Lunatic asylums in Bengal annual reports 1888-1898 - 1888-1898
Year: 1888
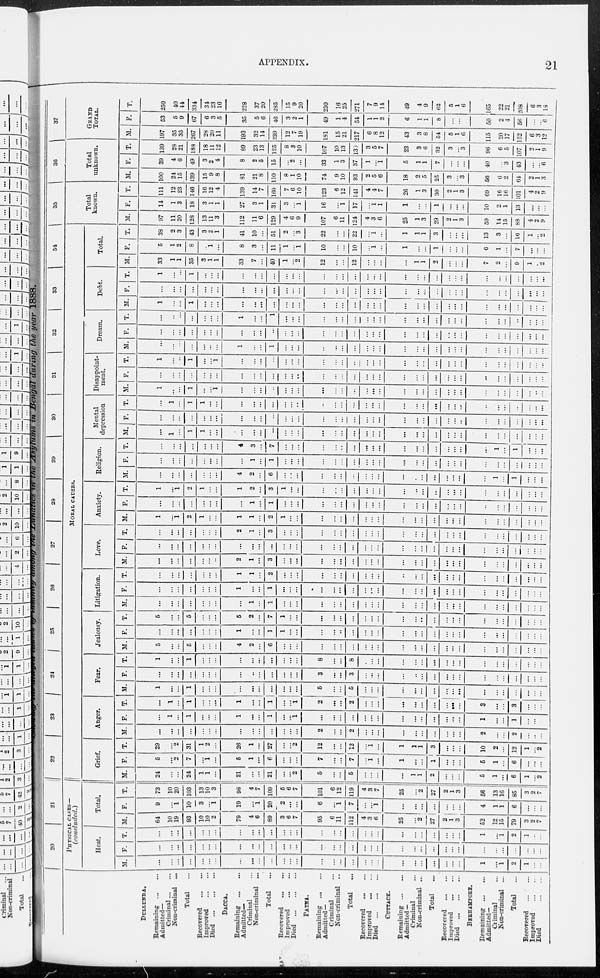
APPENDIX.
21
Showing the alleged causes of insanity among the Lunatics in the Asylums in Bengal during the year 1888.
DULLUNDA.
Remaining
...
...
Admitted—
Criminal
...
...
Non-criminal ...
Total ...
Recovered
...
...
Improved
...
...
Died
...
...
...
DACCA.
Remaining
...
...
Admitted—
Criminal
Non-criminal ...
Total ...
Recovered
...
...
Improved ... ...
Died
...
...
PATNA.
Remaining ... ...
Admitted-
Criminal
Non-criminal ...
Total ...
Recovered
...
...
Improved ... ...
Died
...
...
...
CUTTACK.
Remaining
Admitted —
Criminal ...
Non-criminal ...
Total ...
Recovered
...
...
Improved
...
...
Died
...
...
...
BERHAMPORE.
Remaining
...
...
Admitted—
Criminal ...
Non-criminal ...
Total ...
Recovered
...
...
Improved ... ...
Died
...
...
20
21
PHYSICAL CASES —
(concluded.)
Heat.
M.
...
...
...
...
...
...
...
...
...
...
...
...
...
...
...
...
...
...
...
...
...
...
...
...
...
...
...
...
1
...
1
2
1
...
...
F.
...
...
...
...
...
...
...
...
...
...
...
...
...
...
...
...
...
...
...
...
...
...
...
...
...
...
...
...
...
...
...
...
...
...
T.
...
...
...
...
...
...
...
...
...
...
...
...
...
...
...
...
...
...
...
...
...
...
...
...
...
...
...
1
...
1
2
1
...
...
Total.
M.
64
10
19
93
10
10
2
79
4
6
89
3
6
7
95
6
11
112
4
3
6
25
...
2
27
2
1
3
52
12
15
79
3
2
7
F.
9
...
1
10
3
...
1
19
...
1
20
2
...
...
6
...
1
7
..
...
1
...
...
...
...
...
...
...
4
1
1
6
...
...
...
T.
73
10
20
103
13
10
3
98
4
7
109
5
6
7
101
6
12
119
4
3
7
25
...
2
27
2
1
3
56
13
16
85
3
2
7
22
23
24 25
26
27
28
29
30
31
32
33
34
MORAL CAUSES.
Grief.
M.
24
...
...
24
1
1
...
21
...
...
21
...
...
2
5
...
...
5
...
...
...
...
1
1
2
...
...
...
5
1
...
6
1
...
2
F.
5
...
2
7
...
1
...
5
1
...
6
...
...
...
7
...
...
7
...
1
...
1
...
...
1
...
...
...
5
1
...
6
...
...
...
T.
29
...
2
31
1
2
...
26
1
...
27
...
...
2
12
...
...
12
...
1
...
1
1
1
3
...
...
...
10
2
...
12
1
2
Anger.
M.
...
...
...
...
...
...
...
...
...
...
...
...
...
...
2
...
...
2
...
...
...
...
...
...
...
...
...
...
2
...
...
2
...
...
...
F.
...
1
...
1
...
...
...
1
...
...
1
...
...
1
...
...
...
...
...
...
...
...
...
...
...
...
...
...
1
...
...
1
...
...
...
T.
...
1
...
1
...
...
...
1
...
...
1
...
...
1
2
...
...
2
...
...
...
...
...
...
...
...
...
...
3
...
...
3
...
...
...
Fear.
M.
1
...
...
1
...
...
...
...
...
...
...
...
...
...
5
...
...
5
...
...
...
...
...
...
...
...
...
...
...
...
...
...
...
...
...
F.
...
...
...
...
...
...
...
...
..
...
...
...
...
...
3
...
...
3
...
...
...
...
...
...
...
...
...
...
...
...
...
...
...
...
...
T.
1
...
...
1
...
...
...
...
...
...
...
...
...
...
8
...
...
8
...
...
...
...
...
...
...
...
...
...
...
...
...
...
...
...
Jealousy.
M.
5
...
...
5
...
...
...
4
2
...
6
...
...
...
...
...
...
...
...
...
...
...
...
...
...
...
...
...
...
...
...
...
...
...
...
F.
...
...
...
...
...
...
...
1
...
...
1
1
...
...
...
...
..
...
...
...
...
...
...
...
...
...
...
...
...
...
...
...
...
...
...
T.
5
...
...
5
...
...
...
5
2
...
7
1
...
...
...
...
...
...
...
...
...
...
...
...
...
...
...
...
...
...
...
...
...
...
...
Litigation.
M.
...
...
...
...
...
...
...
...
1
...
1
...
...
...
...
...
...
...
...
...
...
...
...
...
...
...
...
...
...
...
...
...
...
...
...
F.
...
...
...
...
...
...
...
1
...
...
1
...
...
...
...
...
...
...
...
...
...
...
...
...
...
...
...
...
...
...
...
...
...
...
...
T.
...
...
...
...
...
...
...
1
1
...
2
...
...
...
...
...
...
...
...
...
...
..
...
...
...
...
...
...
...
...
...
...
...
...
...
Love.
M.
...
...
...
...
...
...
...
2
1
...
3
...
...
...
...
...
...
...
...
...
...
...
...
...
...
...
...
...
...
...
...
...
...
...
...
F.
...
...
...
...
...
...
...
...
...
...
...
...
...
...
...
...
...
...
...
...
...
...
...
...
...
...
...
...
...
...
...
...
...
...
...
T.
...
...
...
...
...
...
...
2
1
...
3
...
...
...
...
...
...
...
...
...
...
...
...
...
...
...
...
...
...
...
...
...
...
...
...
Anxiety.
M.
1
...
1
2
1
...
...
1
1
...
2
1
...
...
...
...
...
...
...
...
...
...
...
...
...
...
...
...
...
...
...
...
...
...
...
F.
...
...
...
...
...
...
...
...
1
...
1
...
...
...
...
...
...
...
...
...
...
...
...
...
...
...
...
...
...
...
...
...
...
...
...
T.
1
...
1
2
1
...
...
1
2
...
3
1
...
...
...
...
...
...
...
...
...
...
...
...
..
...
...
...
...
...
...
...
...
...
...
Religion.
M.
...
...
...
...
...
...
...
4
2
...
6
...
...
...
...
...
...
...
...
...
...
...
...
...
...
...
...
...
...
1
...
1
...
...
...
F.
...
...
...
...
...
...
...
...
1
...
1
...
...
...
...
...
...
...
...
...
...
...
...
...
...
...
...
...
...
...
...
...
...
...
...
T.
...
...
...
...
...
...
...
4
3
...
7
...
...
...
...
...
...
...
...
...
...
...
...
...
...
...
...
...
...
1
...
1
...
...
...
Mental
depression
M.
...
1
...
1
1
...
...
...
...
...
...
...
...
...
...
...
...
...
...
...
...
...
...
...
...
...
...
...
...
...
...
...
...
...
...
F.
...
...
...
...
...
...
...
...
...
...
...
...
...
...
...
...
...
...
...
...
...
...
...
...
...
...
...
...
...
...
...
...
...
...
...
T.
...
1
...
1
1
...
...
...
...
...
...
...
...
...
...
...
...
...
...
...
...
...
...
...
...
...
...
...
...
...
...
...
...
...
...
Disappoint-
ment.
M.
1
...
...
1
...
...
1
...
...
...
...
...
...
...
...
...
...
...
...
...
...
...
...
...
...
...
...
...
...
...
...
...
...
..
...
F.
...
...
...
...
...
...
...
...
...
...
...
...
...
...
...
...
...
...
...
...
...
...
...
...
...
...
...
...
...
...
...
...
...
...
...
T.
1
...
...
1
...
...
1
...
...
...
...
...
...
...
...
...
...
...
...
...
...
...
...
...
...
...
...
...
...
...
...
...
...
...
...
Dream.
M.
...
...
...
...
...
...
...
1
...
...
1
...
...
...
...
...
...
...
...
...
...
...
...
...
...
...
...
...
...
...
...
...
...
...
...
F.
...
...
...
...
...
...
...
...
...
...
...
...
...
...
...
...
...
...
...
...
...
...
...
...
...
...
...
...
...
...
...
...
...
...
...
T.
...
..
...
...
...
...
...
1
...
...
1
...
...
...
...
...
...
...
...
...
...
...
...
...
...
...
...
...
...
...
...
...
...
...
...
Debt.
M.
1
...
...
1
...
...
...
...
...
...
...
...
...
...
...
...
...
...
...
...
...
...
...
...
...
...
...
...
...
...
...
...
... ...
...
F.
...
...
...
...
...
...
...
...
...
...
...
...
...
...
...
...
...
...
...
...
...
...
...
...
...
...
...
...
...
...
...
...
...
...
...
T.
1
...
...
1
...
...
...
...
...
...
...
...
...
...
...
...
...
...
...
...
...
...
...
...
...
...
...
...
...
...
...
...
...
...
Total.
M.
33
1
1
35
3
1
1
33
7
...
40
1
...
2
12
...
...
12
...
...
...
...
1
1
2
...
...
...
7
2
...
9
1
...
2
F.
5
1
2
8
...
1
...
8
3
...
11
1
...
1
10
...
...
10
...
1
...
1
...
...
1
...
...
...
6
1
...
7
...
...
...
T.
38
2
3
43
3
2
1
41
10
...
51
2
...
3
22
...
...
22
...
1
...
1
1
1
3
...
...
...
13
3
...
16
1
...
2
35
Total
known.
M.
97
11
20
128
13
11
3
112
11
6
129
4
6
9
107
6
11
124
4
3
6
25
1
3
29
2
1
3
59
14
15
83
4
2
9
F.
14
1
3
18
3
1
1
27
3
1
31
3
...
1
16
...
1
17
...
1
1
1
...
...
1
...
...
...
10
2
1
13
...
...
...
T.
111
12
23
146
16
12
4
139
14
7
160
7
...
10
123
6
12
141
4
4
7
26
1
3
30
2
1
3
69
16
16
101
4
2
9
3 6
Total
unknown.
M.
I
100
24
15
139
15
9
8
81
21
8
110
8
1
10
74
9
10
93
2
5
6
18
2
5
25
3
...
3
56
6
2
64
...
1
3
F.
39
4
6
49
3
2
4
8
2
5
15
... ...
...
33
1
3
37
1
...
1
5
1
1
7
...
...
...
40
...
3
43
...
...
6
T.
139
28
21
188
18
11
12
89
23
13
125
8
3
10
107
10
13
139
3
5
7
23
3
6
32
3
...
3
96
6
5
107
...
1
9
37
GRAND
TOTAL.
M.
197
35
35
267
28
20
11
193
32
14
239
12
...
19
181
15
21
217
6
8
12
43
3
8
54
5
1
6
115
20
17
152
6
3
12
F.
53
5
9
67
6
3
5
35
5
6
46
3
2
1
49
1
4
54
1
1
2
6
1
1
8
...
...
...
50
2
4
56
...
...
6
T.
250
40
44
334
34
23
16
228
37
20
285
15
9
20
230
16
25
271
7
9
14
49
4
9
62
5
1
6
165
22
21
208
6
3
18